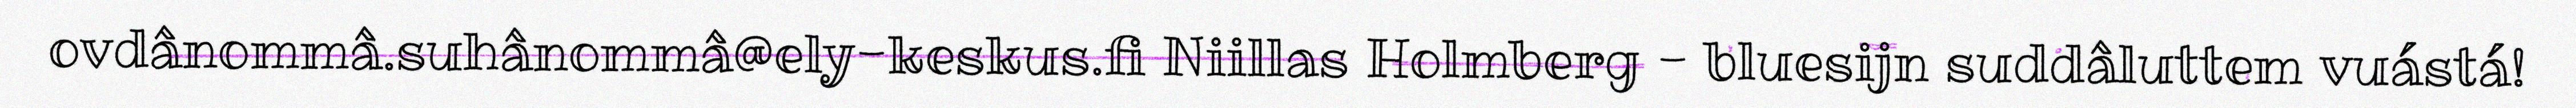
ovdânommâ.suhânommâ@ely-keskus.fi Niillas Holmberg - bluesijn suddâluttem vuástá!